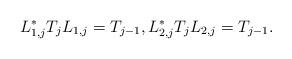
LaTeX: \begin{align*} L_{1,j}^*T_{j} L_{1,j} = T_{j-1}, L_{2,j}^*T_{j} L_{2,j} = T_{j-1}.\end{align*}